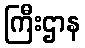
ကြီးဌာန